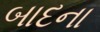
બાદના